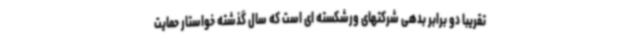
تقریبا دو برابر بدهی شرکتهای ورشکسته ای است که سال گذشته خواستار حمایت